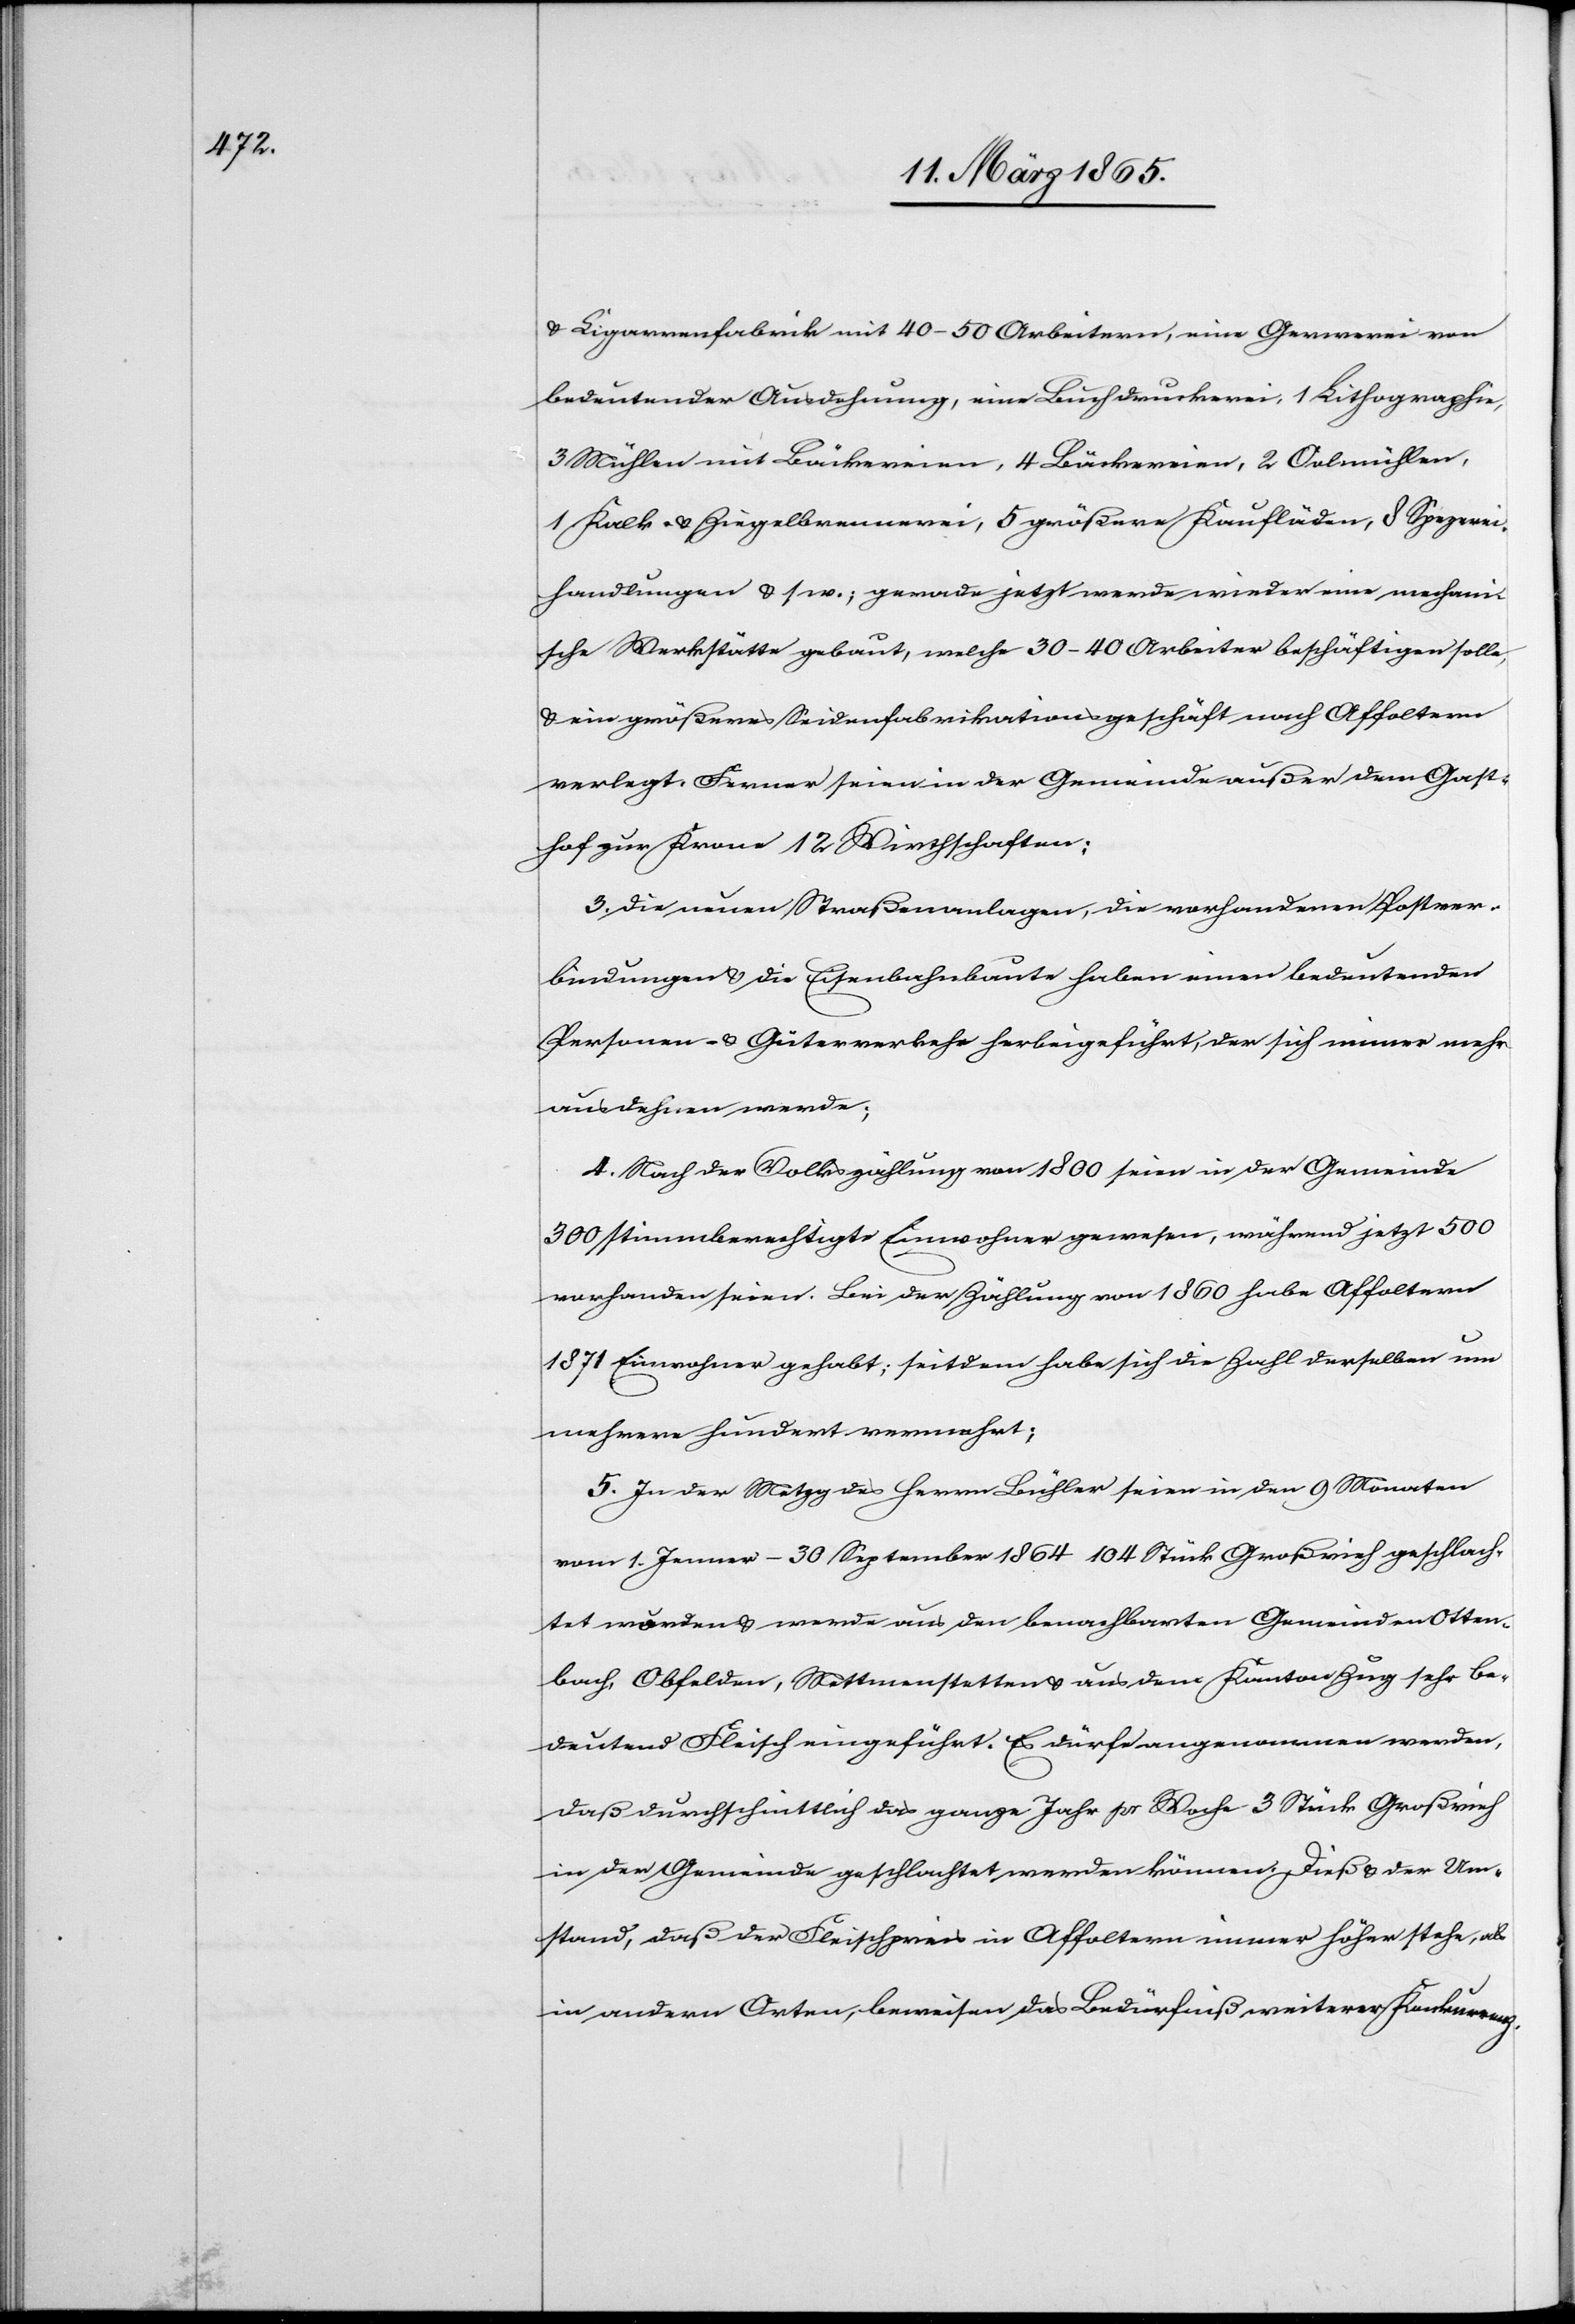
u. Cigarrenfabrik mit 40–50 Arbeitern, eine Gerwerei von
bedeutender Ausdehnung, eine Buchdruckerei, 1 Lithographie,
3 Mühlen mit Bäckereien, 4 Bäckereien, 2 Oelmühlen,
1 Kalk- u. Ziegelbrennerei, 5 größere Kaufläden, 8 Spezerei¬
handlungen u s w.; gerade jetzt werde wieder eine mechan¬
ische Werkstätte gebaut, welche 30–40 Arbeiter beschäftigen solle,
u. ein größeres Seidenfabrikationsgeschäft nach Affoltern
verlegt. Ferner seien in der Gemeinde außer dem Gast¬
hof zur Krone 12 Wirthschaften;
3. Die neuen Straßenanlagen, die vorhandenen Postver¬
bindungen u. die Eisenbahnbaute haben einen bedeutenden
Personen- u. Güterverkehr herbeigeführt, der sich immer mehr
ausdehnen werde;
4. Nach der Volkszählung von 1800 seien in der Gemeinde
300 stimmberechtigte Einwohner gewesen, während jetzt 500
vorhanden seien. Bei der Zählung von 1850 habe Affoltern
1871 Einwohner gehabt; seitdem habe sich die Zahl derselben um
mehrere hundert vermehrt;
5. In der Metzg des Herrn Bühler seien in den 9 Monaten
vom 1. Jenner–30 September 1864 104 Stück Großvieh geschlach¬
tet worden u. werde aus den benachbarten Gemeinden Otten¬
bach, Obfelden, Mettmenstetten u. aus dem Kanton Zug sehr be¬
deutend Fleisch eingeführt. Es dürfe angenommen werden,
daß durchschnittlich das ganze Jahr pr Woche 3 Stück Großvieh
in der Gemeinde geschlachtet werden können. Dieß u. der Um¬
stand, daß der Fleischpreis in Affoltern immer höher stehe, als
in andern Orten, beweisen das Bedürfniß weiterer Konkurrenz.